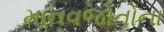
માનવજાતોના